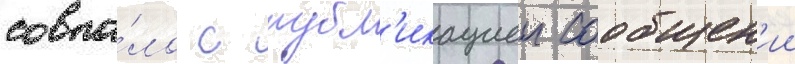
совпа́ло с публ'икациеи сообщен'ии